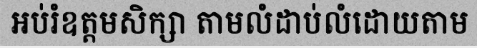
អប់រំឧត្តមសិក្សា តាមលំដាប់លំដោយតាម